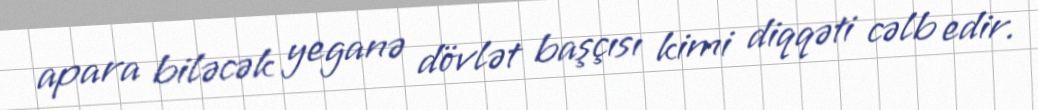
apara biləcək yeganə dövlət başçısı kimi diqqəti cəlb edir.